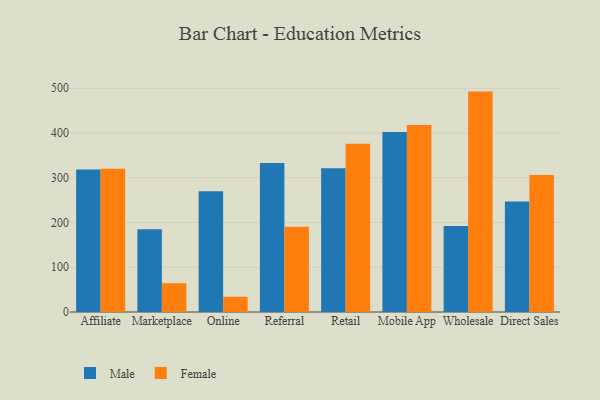
{"axis": {"x": "Channel", "y": "Temperature (°C)"}, "legend": ["Female", "Male"], "data": [{"x": "Affiliate", "y": 318.5, "type": "Male"}, {"x": "Affiliate", "y": 320.4, "type": "Female"}, {"x": "Marketplace", "y": 184.9, "type": "Male"}, {"x": "Marketplace", "y": 64.3, "type": "Female"}, {"x": "Online", "y": 270.0, "type": "Male"}, {"x": "Online", "y": 34.1, "type": "Female"}, {"x": "Referral", "y": 333.2, "type": "Male"}, {"x": "Referral", "y": 190.5, "type": "Female"}, {"x": "Retail", "y": 321.1, "type": "Male"}, {"x": "Retail", "y": 376.0, "type": "Female"}, {"x": "Mobile App", "y": 402.2, "type": "Male"}, {"x": "Mobile App", "y": 417.7, "type": "Female"}, {"x": "Wholesale", "y": 192.1, "type": "Male"}, {"x": "Wholesale", "y": 492.6, "type": "Female"}, {"x": "Direct Sales", "y": 246.7, "type": "Male"}, {"x": "Direct Sales", "y": 306.1, "type": "Female"}]}